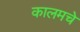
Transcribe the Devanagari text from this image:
कालमचे